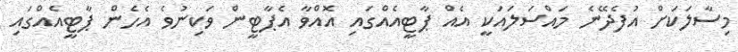
މިސާލަކަށް އުފެދޭނެ މައްސަލައަކީ އެއް ޕާޓީއެއްގައި އޮއްވާ އެޕާޓީން ވަކިނުވެ އެހެން ޕާޓީއެއްގައި